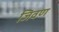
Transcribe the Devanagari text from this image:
जिवण